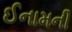
ઈનામની